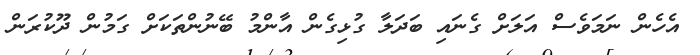
އެހެން ނަމަވެސް އަލަށް ގެނައި ބަދަލާ ގުޅިގެން އާންމު ބޭނުންތަކަށް ގަމުން ދޫކުރަން